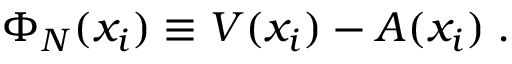
\Phi _ { N } ( x _ { i } ) \equiv V ( x _ { i } ) - A ( x _ { i } ) \; .